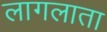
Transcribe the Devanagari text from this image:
लागलाता